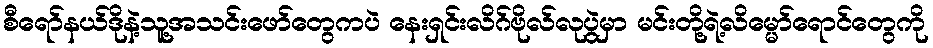
စီရော်နယ်ဒိုနဲ့သူ့အသင်းဖော်တွေကပဲ နေးရှင်းလိဂ်ဗိုလ်လုပွဲမှာ မင်းတို့ရဲ့လိမ္မော်ရောင်တွေကို